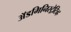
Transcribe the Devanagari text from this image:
अॅडमिनिस्ट्रेटिव्ह